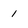
Character: 1